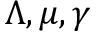
\Lambda , \mu , \gamma